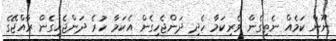
ނޫން ކަމެއް ނެތިގެން ވެރިކަމާ ހެދި ދަންޖެހިގެން އެކަމާ ހުރެ ދަންޖެހިގެން ރާއްޖޭގެ